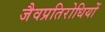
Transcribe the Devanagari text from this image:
जैवप्रतिरोधियों